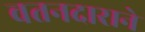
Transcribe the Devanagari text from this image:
वतनदाराने